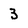
Character: 3